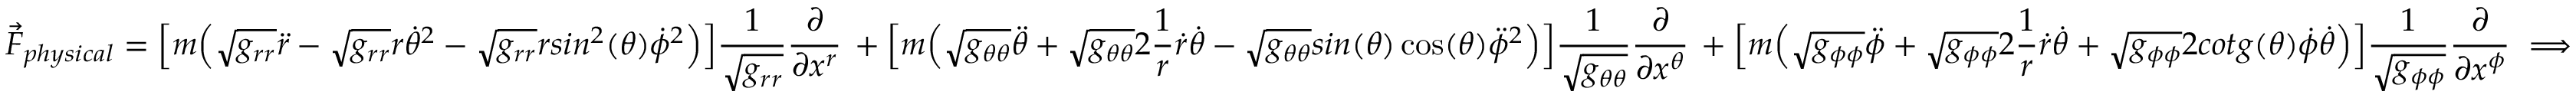
\vec { F } _ { p h y s i c a l } = \Big [ m \Big ( \sqrt { g _ { r r } } \ddot { r } - \sqrt { g _ { r r } } r \dot { \theta } ^ { 2 } - \sqrt { g _ { r r } } r s i n ^ { 2 } ( \theta ) \dot { \phi } ^ { 2 } \Big ) \Big ] \frac { 1 } { \sqrt { g _ { r r } } } \frac { \partial } { \partial x ^ { r } } \, + \Big [ m \Big ( \sqrt { g _ { \theta \theta } } \ddot { \theta } + \sqrt { g _ { \theta \theta } } 2 \frac { 1 } { r } \dot { r } \dot { \theta } - \sqrt { g _ { \theta \theta } } s i n ( \theta ) \cos ( \theta ) \ddot { \phi } ^ { 2 } \Big ) \Big ] \frac { 1 } { \sqrt { g _ { \theta \theta } } } \frac { \partial } { \partial x ^ { \theta } } \, + \Big [ m \Big ( \sqrt { g _ { \phi \phi } } \ddot { \phi } + \sqrt { g _ { \phi \phi } } 2 \frac { 1 } { r } \dot { r } \dot { \theta } + \sqrt { g _ { \phi \phi } } 2 c o t g ( \theta ) \dot { \phi } \dot { \theta } \Big ) \Big ] \frac { 1 } { \sqrt { g _ { \phi \phi } } } \frac { \partial } { \partial x ^ { \phi } } \implies